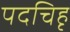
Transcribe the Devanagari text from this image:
पदचिहृ